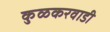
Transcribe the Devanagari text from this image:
कुळकरवाडी